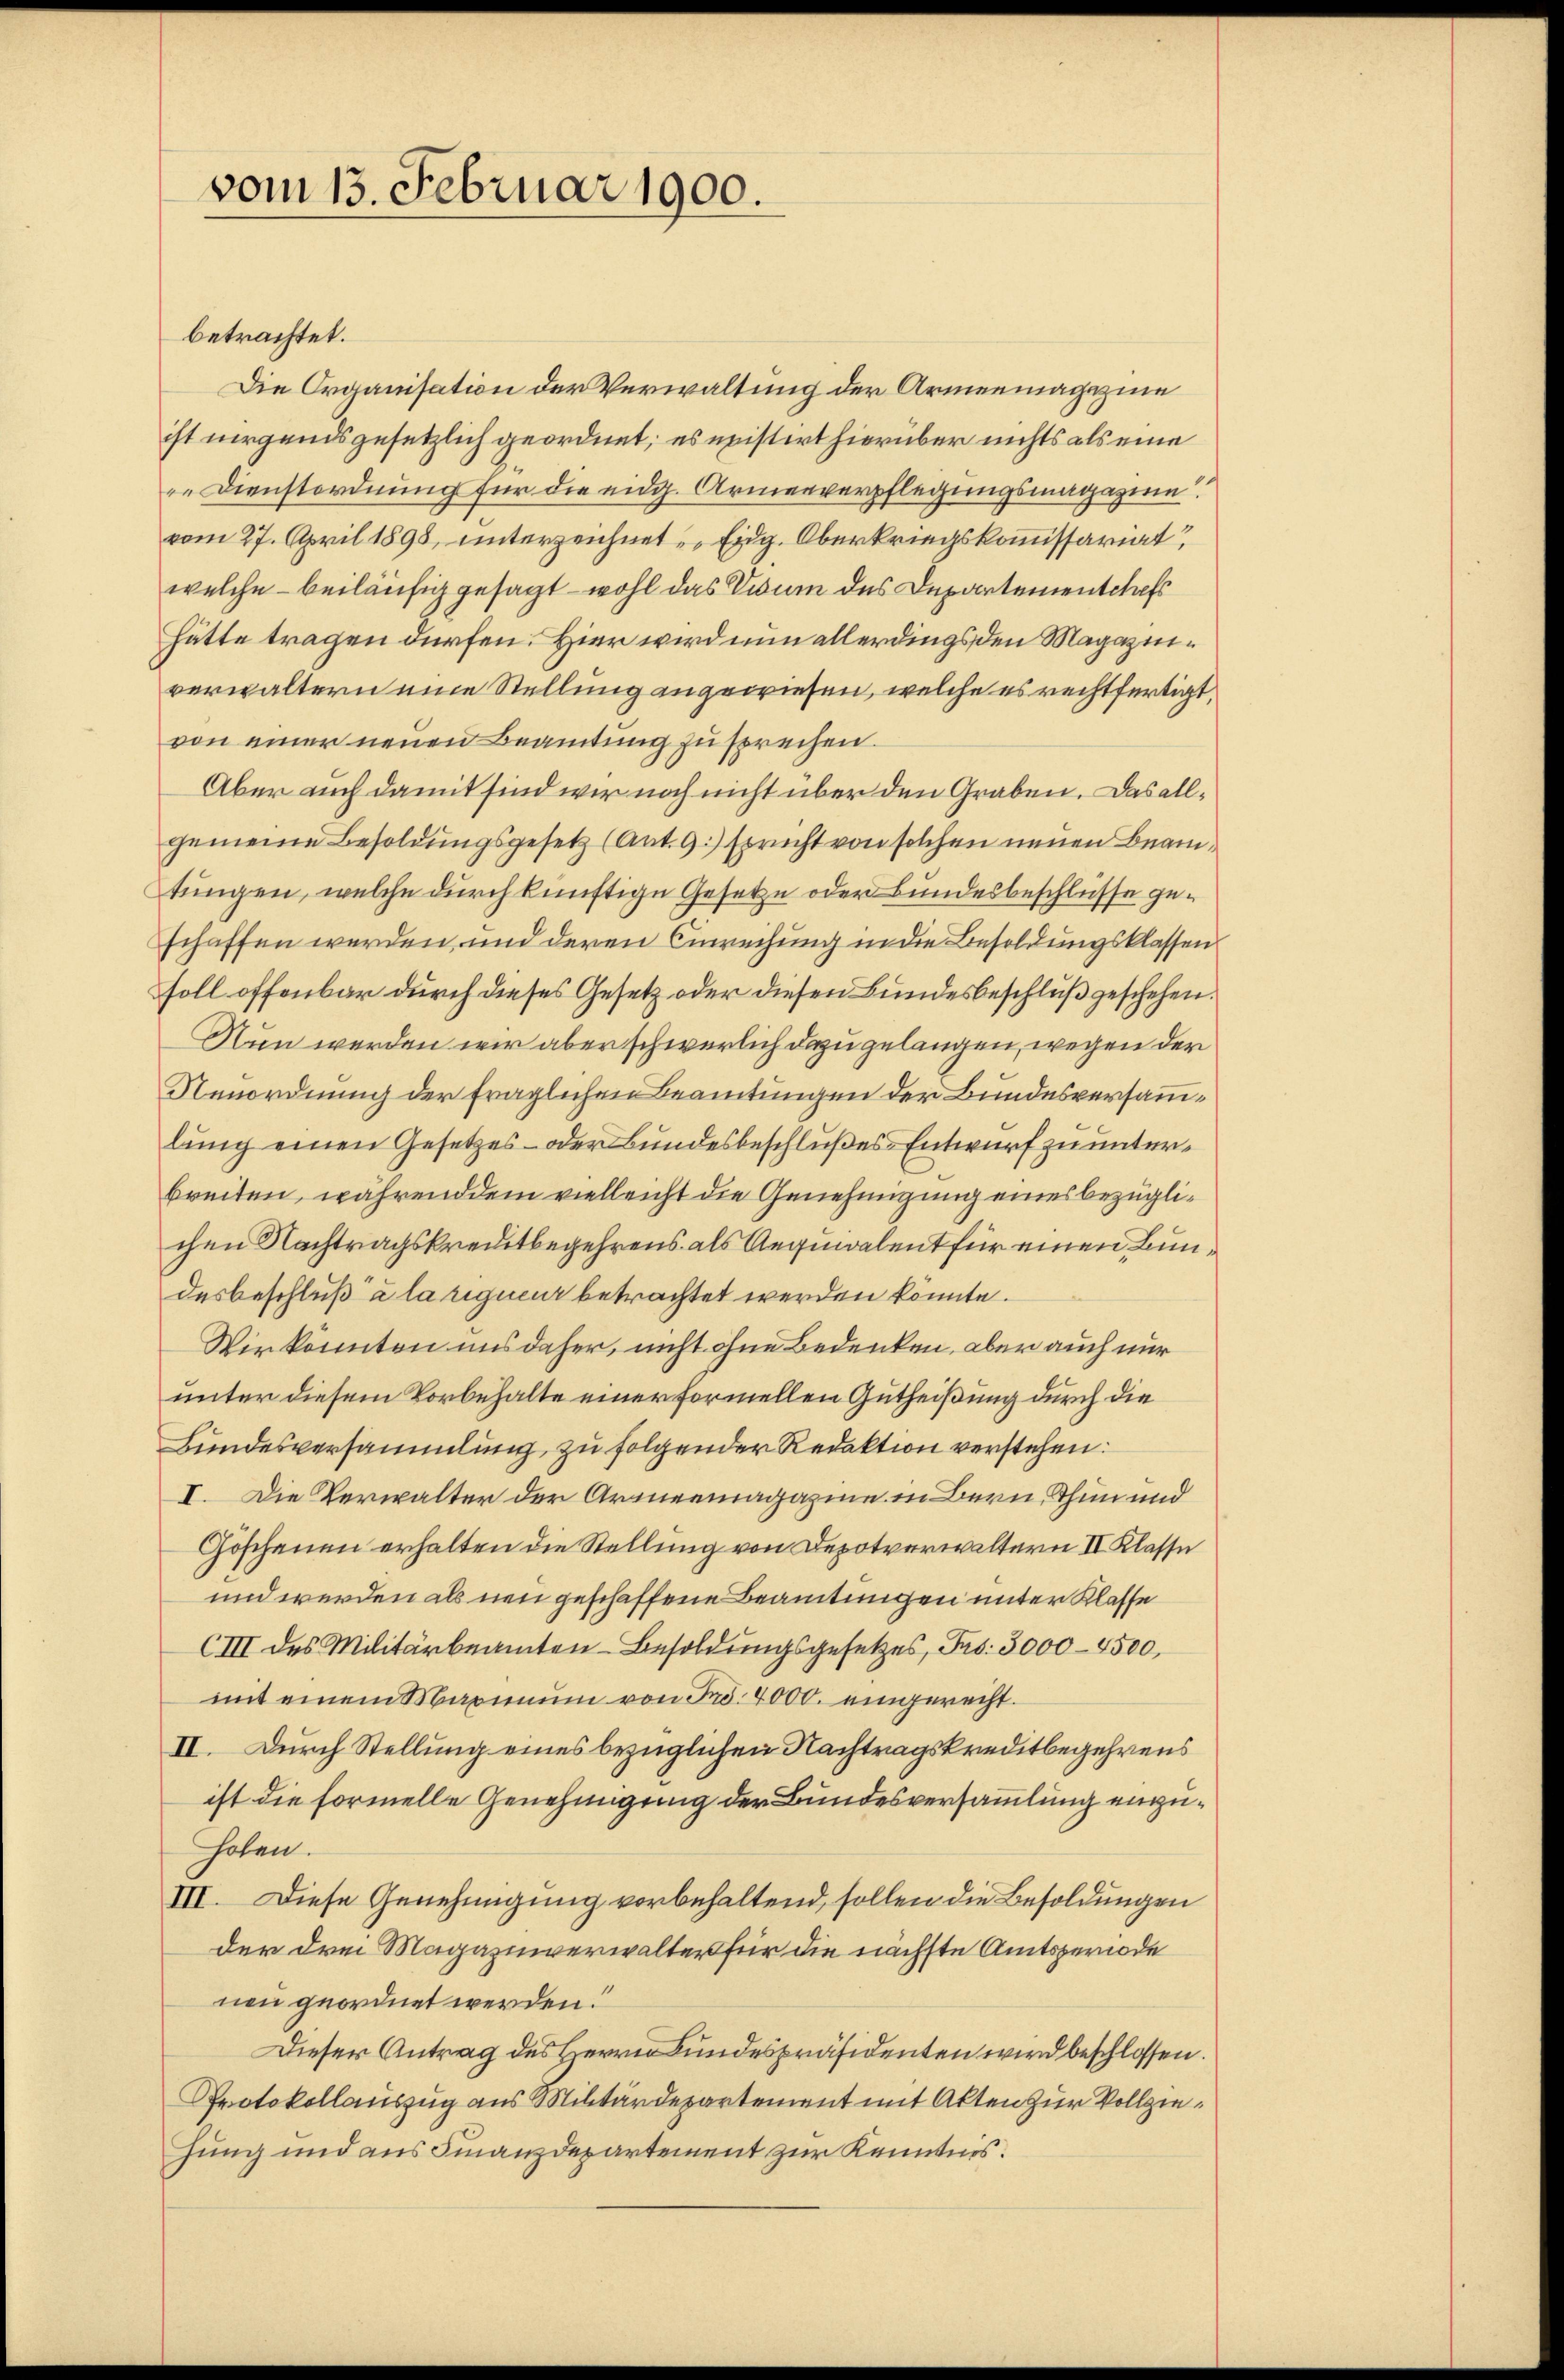
vom 13. Februar 1900.

betrachtet.
Die Organisation der Verwaltung der Armenmagazine
ist nirgendsgesetzlich geordnet; es meistirt hierüber nichts als eine
re Dienstordnung für die eidg. Armenverpflegungsmagazine
vom 27. April 1898, unterzeichnet Eidg. Oberkriegskommissariat
welche – beiläufig gesagt – wohl das Visum des Departementchefs
Hätte tragen dürfen. Hier wird nun allerdings den Magazinverwaltern eine Stellung angewiesen, welche es rechtfertigt,
von einer neuen Beamtung zu sprechen.
Aber auch damit sind wir noch nicht über den Graben. Das allgemeine Besoldungsgesetz (Ant. 9.) spricht von solchen neuen Beamtungen, welche durch künftige Gesetze oder Bundesbeschlüsse geschaffen werden und deren Einreihung in die Besoldungsklassen
soll offenbar durch dieses Gesetz oder diesen Bundesbeschluß geschehen.
Nun werden wir aber schwerlich dazu gelangen, wegen der
Neuordnung der fraglichen Beamtungen der Bundesversammlung einen Gesetzes- oder Bundesbeschlußes Entwurf zu unterbreiten, während dem vielleicht die Genehmigung eines bezüglichen Nachtragskreditbegehrens als Aequivalent für einen Bundesbeschluß à la riguer betrachtet werden könnte.
Wir könnten uns daher, nicht ohne Bedenken, aber auch nur
unter diesem Vorbehalte einer Formellen Gutheißung durch die
Bundesversammlung zu folgender Redaktion verstehen.
I. Die Verwalter der Armeemagazine in Bern, Thun und
Göschenen erhalten die Stellung von Depotverwaltern II. Klasse
und werden als neu geschaffene Beamtungen unter Klasse
CIII des Militärbeamten Besoldungsgesetzes, Frs. 3000-4500,
mit einem Maximum von Fr. 4000. eingerecht.
II. Durch Stellung eines bezüglichen Nachtragskreditbegehrens
ist die formelle Genehmigung der Bundesversammlung einzuholen.
III. Diese Genehmigung vorbehaltend, sollen die Besoldungen
der drei Magazinverwalter für die nächste Amtsgerode
neu geordnet werden.
Dieser Antrag des Herrn Bundespräsidenten wird beschlossen.
Protokollauszug aus Militärdepartement mit Akten zur Vollziehung und aus Finanzdepartement zur Kenntnis.